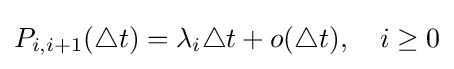
P_{i,i+1}(\triangle t)=\lambda _{i}\triangle t+o(\triangle t),\quad i\geq 0